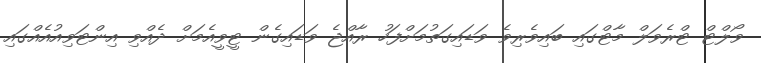
ވޯލްޓް ޓްރެވަލް މާޓްގައި ބައިވެރިވެ ވަޑައިގަތުމަށްފަހު ރާއްޖެ ވަޑައިގެން ޓީވީއެމަށް ދެއްވި އިންޓަވިއުއެއްގައި